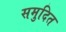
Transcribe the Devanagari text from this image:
समुदित